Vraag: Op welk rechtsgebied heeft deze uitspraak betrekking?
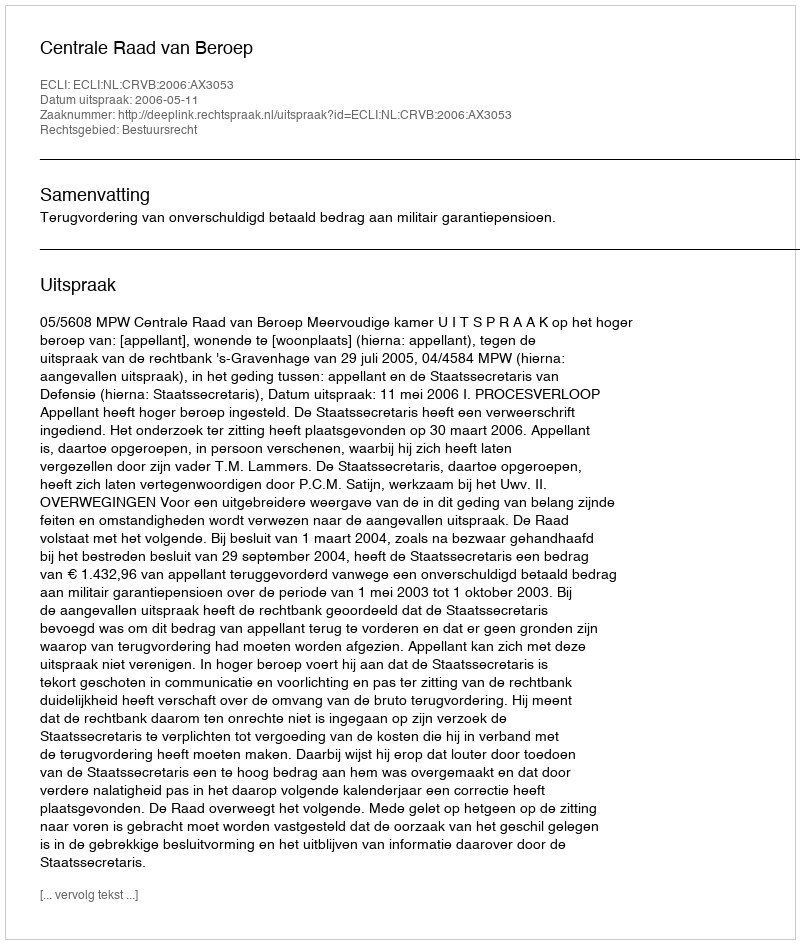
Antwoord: Bestuursrecht